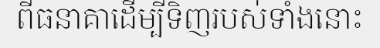
ពីធនាគាដើម្បីទិញរបស់ទាំងនោះ